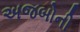
અજબોની